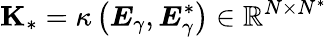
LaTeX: \mathbf{K}_{\ast}=\kappa\left(\boldsymbol{E}_{\gamma},\boldsymbol{E}_{\gamma}^{\ast}\right)\in\mathbb{R}^{N\times N^{\ast}}